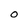
Character: 0